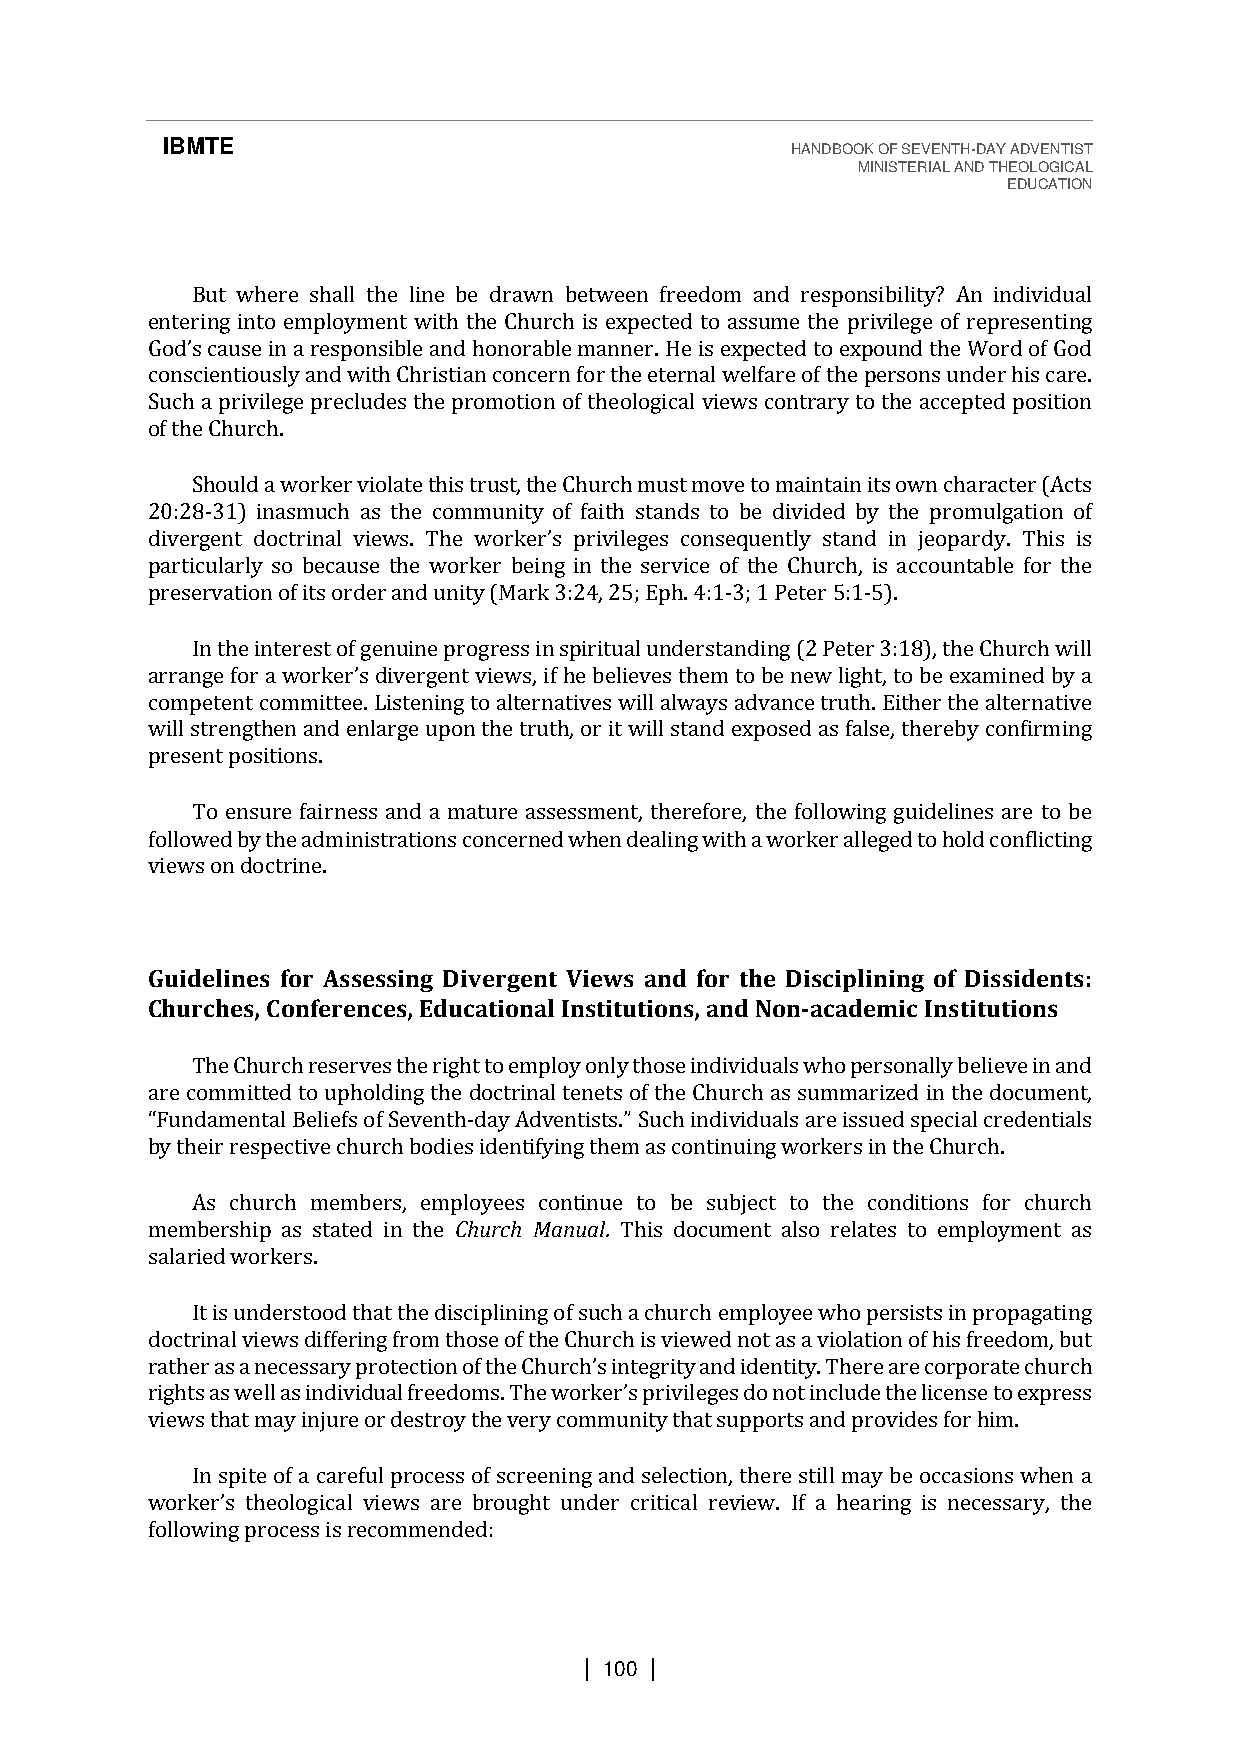
IBMTE                                    HANDBOOK OF SEVENTH-DAY ADVENTIST
 MINISTERIAL AND THEOLOGICAL
 EDUCATION
 But where shall the line be drawn between freedom and responsibility? An individual
 entering into employment with the Church is expected to assume the privilege of representing
 conscientiously and with Christian concern for the eternal welfare of the persons under his care.
 SGuocdh’s a c apurisvei lieng ae rpersepcolundseibsl eth aen pdr hoomnootrioabnl eo fm thaenonleorg. iHcael ivsi eewxpse ccotendtr taor ye xtpoo tuhned a tchcee pWteodr dp oosfi Gtioodn
 of the Church.
 Should a worker violate this trust, the Church must move to maintain its own character (Acts
 20:28-31) inasmuch as the community of faith stands to be divided by the promulgation of
 di
 particularly so because the worker being in the service of the Church, is accountable for the
 prveesregrevnatt iodno cotfr iitnsa ol rdvieerw asn. dT uhnei tyw (oMrkaerrk’ s3 :p2r4i,v 2il5e;g Eeps hc. o4n:1s-e3q;u 1e nPteltye rs 5ta:1n-d5 )i.n jeopardy. This is
 In the interest of genuine progress in spiritual understanding (2 Peter 3:18), the Church will
 competent committee. Listening to alternatives will always advance truth. Either the alternative
 awrirlal nstgree nfogrt hae wn oarnkde re’ns ldarivgeer ugepnotn v tiheew tsr, uift hh,e o br eitli ewviells s tthaenmd etoxp boes ende was l ifgahlste, ,t oth beer eebxya mcoinnfeidrm biyn ga
 present positions.
 To ensure fairness and a mature assessment, therefore, the following guidelines are to be
 followed by the administrations concerned when dealing with a worker alleged to hold conflicting
 views on doctrine.
 Guidelines for Assessing Divergent Views and for the Disciplining of Dissidents:
 Churches, Conferences, Educational Institutions, and Non-academic Institutions
 The Church reserves the right to employ only those individuals who personally believe in and
 are committed to upholding the doctrinal tenets of the Church as summarized in the document,
 -                viduals are issued special credentials
 by their respective church bodies identifying them as continuing workers in the Church.
 “Fundamental Beliefs of Seventh day Adventists.” Such indi
 As church members, employees continue to be subject to the conditions for church
 membership as stated in the Church Manual. This document also relates to employment as
 salaried workers.
 It is understood that the disciplining of such a church employee who persists in propagating
 doctrinal views differing from those of the Church is viewed not as a violation of his freedom, but
 rather
 views tahsa at mneacye sinsajurrye p orro tdeecsttiroony o tfh teh ev eCrhyu crocmh’sm iunnteitgyr itthya atn sdu pidpeonrttist ya.n Tdh perreo vairdee cso fropro hriamte. church
 rights as well as individual freedoms. The worker’s privileges do not include the license to express
 In spite of a careful process of screening and selection, there still may be occasions when a
 following process is recommended:
 worker’s theological views are brought under critical review. If a hearing is necessary, the
 | 100 |